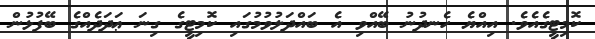
ކޮމިޓީގެއެވެ. އިއްޔެ ހެނދުނު ބޭއްވި އެ ބައްދަލުވުމުގައި ކޮމިޓީގެ ގިނަ ޢަދަދެއްގެ ބޭފުޅުން